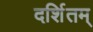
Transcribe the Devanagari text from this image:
दर्शितम्